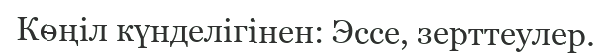
Көңіл күнделігінен: Эссе, зерттеулер.